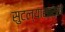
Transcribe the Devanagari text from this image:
सुटल्यासारखे